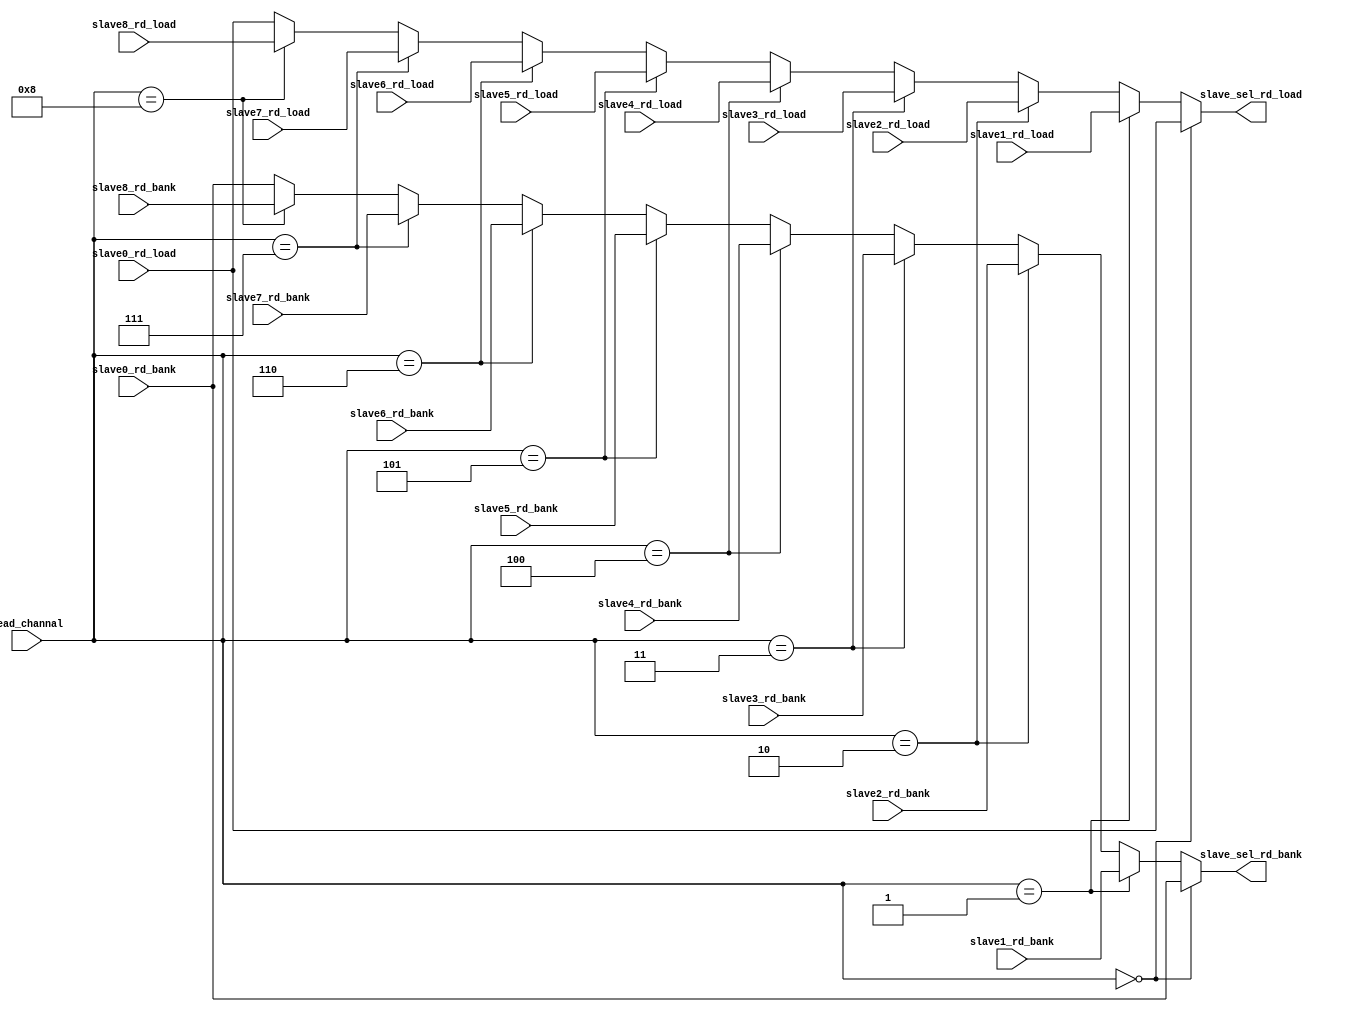
module slave_rd_bank_sel_module 
(    
    input  wire [3: 0]       read_channal                ,

    input  wire              slave0_rd_load              ,
    input  wire [1: 0]       slave0_rd_bank              ,
    input  wire              slave1_rd_load              ,
    input  wire [1: 0]       slave1_rd_bank              ,
    input  wire              slave2_rd_load              ,
    input  wire [1: 0]       slave2_rd_bank              ,
    input  wire              slave3_rd_load              ,
    input  wire [1: 0]       slave3_rd_bank              ,
    input  wire              slave4_rd_load              ,
    input  wire [1: 0]       slave4_rd_bank              ,
    input  wire              slave5_rd_load              ,
    input  wire [1: 0]       slave5_rd_bank              ,
    input  wire              slave6_rd_load              ,
    input  wire [1: 0]       slave6_rd_bank              ,
    input  wire              slave7_rd_load              ,
    input  wire [1: 0]       slave7_rd_bank              ,
    input  wire              slave8_rd_load              ,
    input  wire [1: 0]       slave8_rd_bank              ,
    //---sel_bank
    output wire              slave_sel_rd_load           ,
    output wire [1: 0]       slave_sel_rd_bank                             
); 

assign slave_sel_rd_load = (read_channal == 4'd0) ? (slave0_rd_load):(
                           (read_channal == 4'd1) ? (slave1_rd_load):(
                           (read_channal == 4'd2) ? (slave2_rd_load):(
                           (read_channal == 4'd3) ? (slave3_rd_load):(
                           (read_channal == 4'd4) ? (slave4_rd_load):(
                           (read_channal == 4'd5) ? (slave5_rd_load):(
                           (read_channal == 4'd6) ? (slave6_rd_load):(
                           (read_channal == 4'd7) ? (slave7_rd_load):(
                           (read_channal == 4'd8) ? (slave8_rd_load):
                           slave0_rd_load ))))))));
assign slave_sel_rd_bank = (read_channal == 4'd0) ? (slave0_rd_bank):(
                           (read_channal == 4'd1) ? (slave1_rd_bank):(
                           (read_channal == 4'd2) ? (slave2_rd_bank):(
                           (read_channal == 4'd3) ? (slave3_rd_bank):(
                           (read_channal == 4'd4) ? (slave4_rd_bank):(
                           (read_channal == 4'd5) ? (slave5_rd_bank):(
                           (read_channal == 4'd6) ? (slave6_rd_bank):(
                           (read_channal == 4'd7) ? (slave7_rd_bank):(
                           (read_channal == 4'd8) ? (slave8_rd_bank):
                           slave0_rd_bank))))))));
endmodule